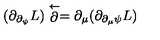
( \partial _ { \partial _ { \psi } } L ) \stackrel { \leftarrow } { \partial } = \partial _ { \mu } ( \partial _ { \partial _ { \mu } \psi } L )